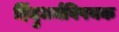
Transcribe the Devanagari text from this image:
हिंदुधर्मविषयक